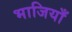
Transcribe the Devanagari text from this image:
भाजियाँ